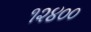
૧૨૪૦૦